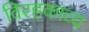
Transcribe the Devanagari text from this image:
विरहकाव्य